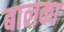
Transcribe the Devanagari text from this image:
बालका